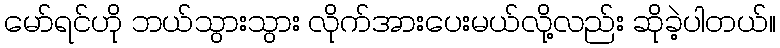
မော်ရင်ဟို ဘယ်သွားသွား လိုက်အားပေးမယ်လို့လည်း ဆိုခဲ့ပါတယ်။